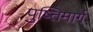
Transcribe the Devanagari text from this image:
पुष्तिमार्ग